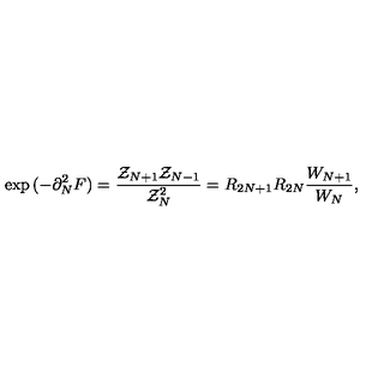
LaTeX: \exp { ( - \partial _ { N } ^ { 2 } F ) } = { \frac { { \cal Z } _ { N + 1 } { \cal Z } _ { N - 1 } } { { \cal Z } _ { N } ^ { 2 } } } = R _ { 2 N + 1 } R _ { 2 N } { \frac { W _ { N + 1 } } { W _ { N } } } ,